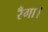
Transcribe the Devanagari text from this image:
रँगा।